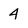
Character: 4